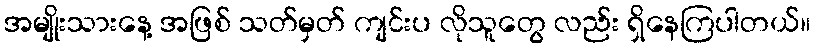
အမျိုးသားနေ့ အဖြစ် သတ်မှတ် ကျင်းပ လိုသူတွေ လည်း ရှိနေကြပါတယ်။